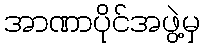
အာဏာပိုင်အဖွဲ့မှ